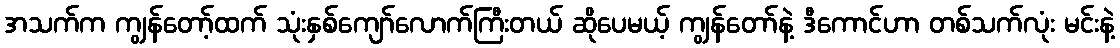
အသက်က ကျွန်တော့်ထက် သုံးနှစ်ကျော်လောက်ကြီးတယ် ဆိုပေမယ့် ကျွန်တော်နဲ့ ဒီကောင်ဟာ တစ်သက်လုံး မင်းနဲ့